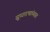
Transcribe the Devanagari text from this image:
सुधारणांच्यात